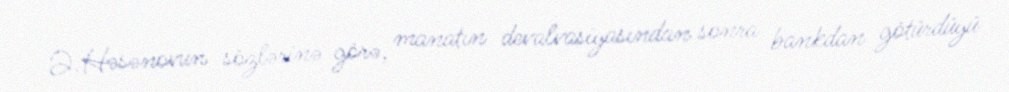
Ə.Həsənovun sözlərinə görə, manatın devalvasiyasından sonra bankdan götürdüyü